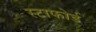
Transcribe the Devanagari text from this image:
स्टाफोर्ड